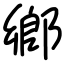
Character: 鄕